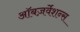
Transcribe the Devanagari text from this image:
ऑबज़र्वेशन्स